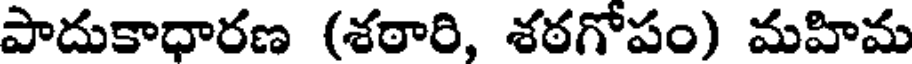
పాదుకాధారణ (శఠారి, శఠగోపం) మహిమ